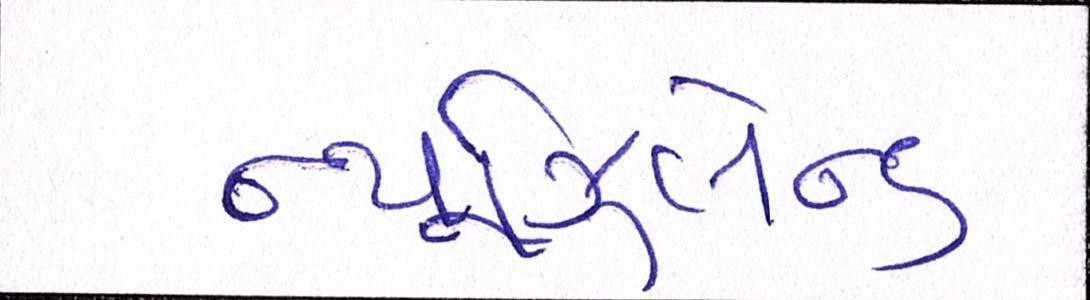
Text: ન્યૂઝિલેન્ડ